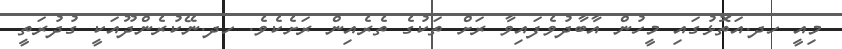
މިއީ ހދ.އަތޮޅުގައި މީހުން އާބާދުވެފައިވާ ރަށް ތަކުގެ ތެރެއިން ރަށެކެވެ. ހދ.ނޭކުރެންދޫއަކީ ގުދުރަތީ